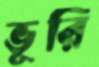
ভূরি